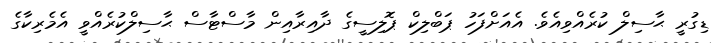
ޑިގުރީ ޙާސިލް ކުރެއްވިއެވެ. އެއަށްފަހު ޕަބްލިކް ޕޮލިސީގެ ދާއިރާއިން މާސްޓާސް ޙާސިލްކުރެއްވީ އެމެރިކާގެ